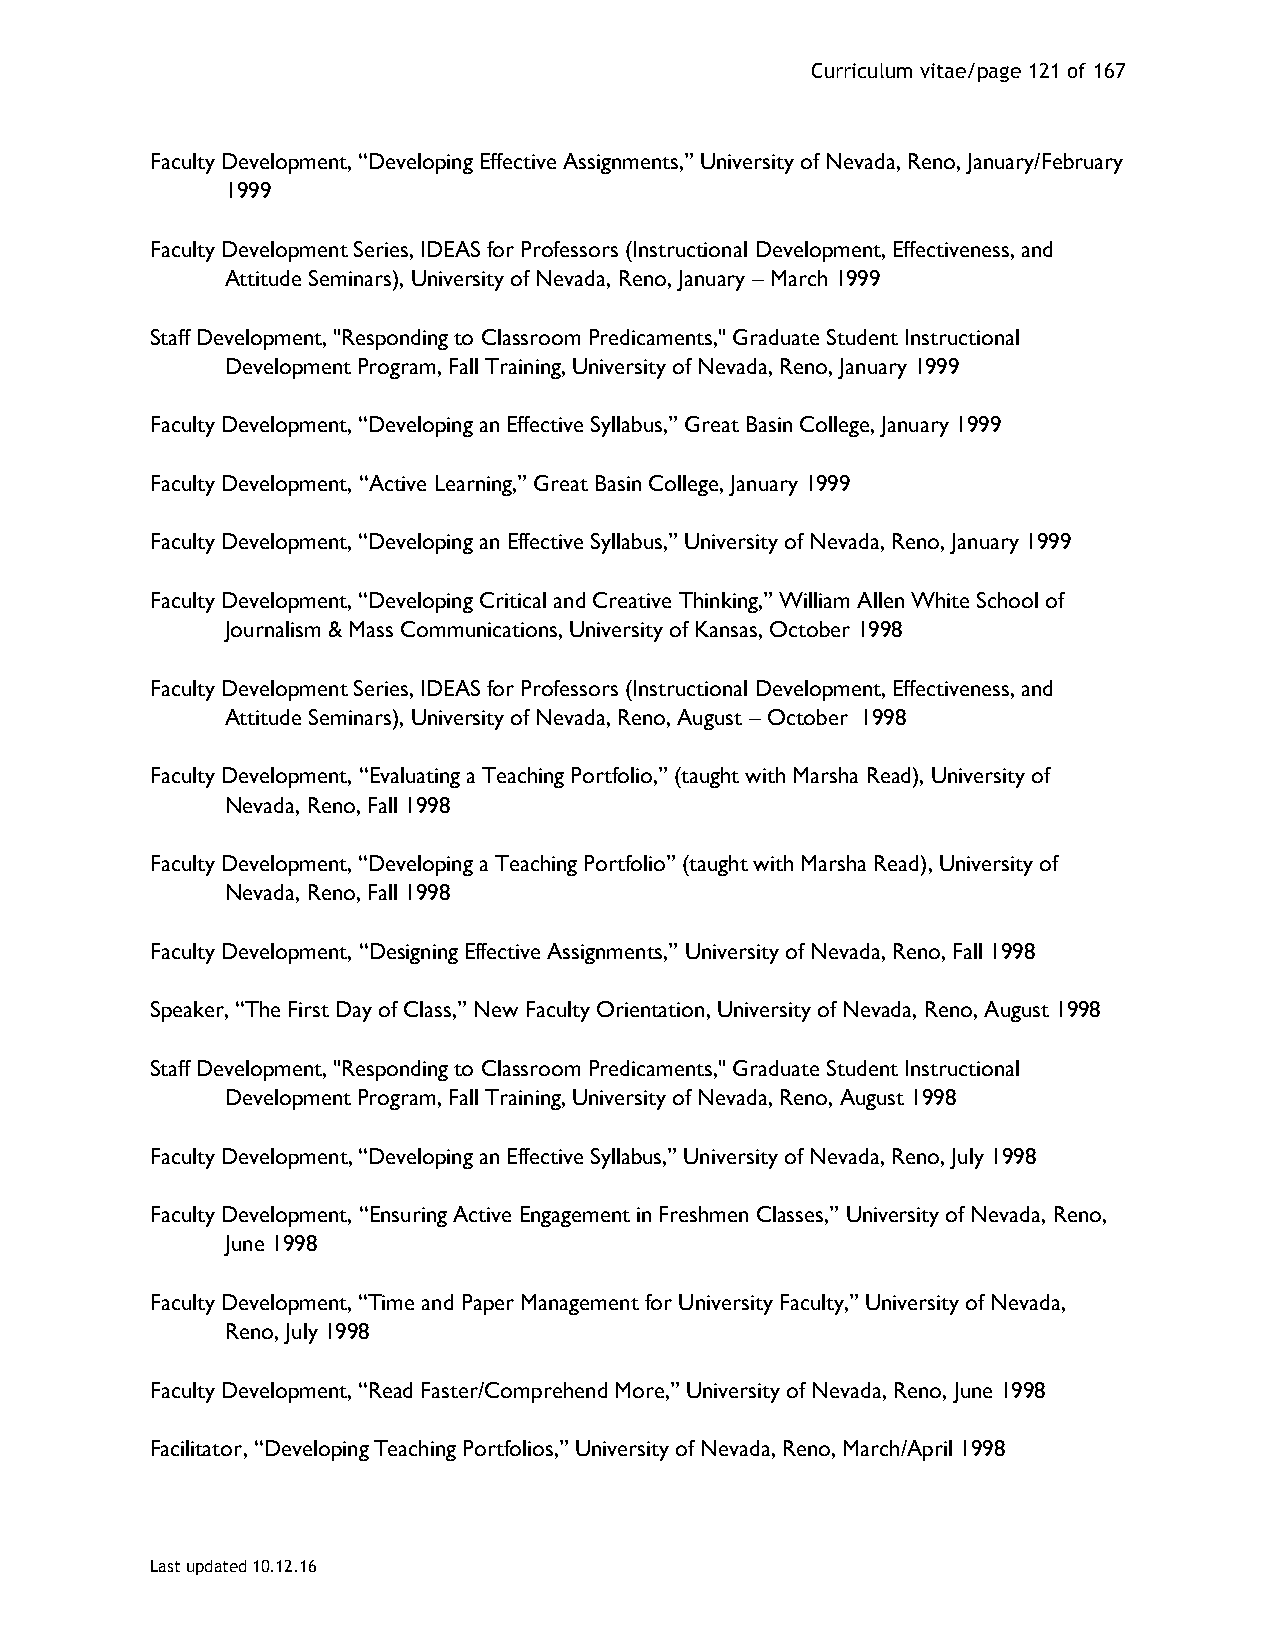
Curriculum vitae/page 121 of 167
 Faculty Development, “Developing Effective Assignments,” University of Nevada, Reno, January/February
 1999
 Faculty Development Series, IDEAS for Professors (Instructional Development, Effectiveness, and
 Attitude Seminars), University of Nevada, Reno, January – March 1999
 Staff Development, "Responding to Classroom Predicaments," Graduate Student Instructional
 Development Program, Fall Training, University of Nevada, Reno, January 1999
 Faculty Development, “Developing an Effective Syllabus,” Great Basin College, January 1999
 Faculty Development, “Active Learning,” Great Basin College, January 1999
 Faculty Development, “Developing an Effective Syllabus,” University of Nevada, Reno, January 1999
 Faculty Development, “Developing Critical and Creative Thinking,” William Allen White School of
 Journalism & Mass Communications, University of Kansas, October 1998
 Faculty Development Series, IDEAS for Professors (Instructional Development, Effectiveness, and
 Attitude Seminars), University of Nevada, Reno, August – October 1998
 Faculty Development, “Evaluating a Teaching Portfolio,” (taught with Marsha Read), University of
 Nevada, Reno, Fall 1998
 Faculty Development, “Developing a Teaching Portfolio” (taught with Marsha Read), University of
 Nevada, Reno, Fall 1998
 Faculty Development, “Designing Effective Assignments,” University of Nevada, Reno, Fall 1998
 Speaker, “The First Day of Class,” New Faculty Orientation, University of Nevada, Reno, August 1998
 Staff Development, "Responding to Classroom Predicaments," Graduate Student Instructional
 Development Program, Fall Training, University of Nevada, Reno, August 1998
 Faculty Development, “Developing an Effective Syllabus,” University of Nevada, Reno, July 1998
 Faculty Development, “Ensuring Active Engagement in Freshmen Classes,” University of Nevada, Reno,
 June 1998
 Faculty Development, “Time and Paper Management for University Faculty,” University of Nevada,
 Reno, July 1998
 Faculty Development, “Read Faster/Comprehend More,” University of Nevada, Reno, June 1998
 Facilitator, “Developing Teaching Portfolios,” University of Nevada, Reno, March/April 1998
 Last updated 10.12.16